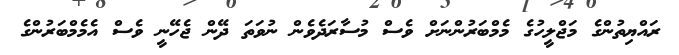
ރައްޔިތުންގެ މަޖްލީހުގެ މެމްބަރުންނަށް ވެސް މުސާރަދެވެން ނުވަތަ ދޭން ޖެހޭނީ ވެސް އެމެމްބަރުންގެ